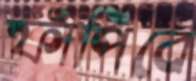
ফাঁপিবে